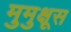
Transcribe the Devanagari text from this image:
मुमुक्षूस